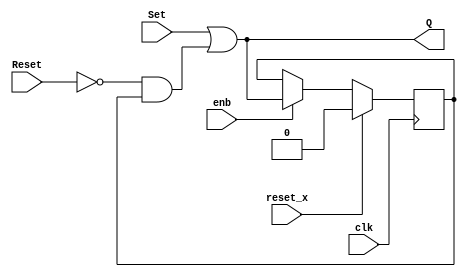
// -------------------------------------------------------------
// 
// 
// Generated by MATLAB 23.2, HDL Coder 23.2, and Simulink 23.2
// 
// -------------------------------------------------------------


// -------------------------------------------------------------
// 
// Module: Discrete
// Source Path: commrshdl/Source/Set-Reset Flip-Flop/Discrete
// Hierarchy Level: 2
// Model version: 9.77
// 
// -------------------------------------------------------------

`timescale 1 ns / 1 ns

module Discrete
          (clk,
           reset_x,
           enb,
           Set,
           Reset,
           Q);


  input   clk;
  input   reset_x;
  input   enb;
  input   Set;
  input   Reset;
  output  Q;


  wire Constant_out1;
  wire Logical_Operator_out1;
  reg  Unit_Delay_out1;
  wire Logical_Operator5_out1;
  wire Logical_Operator4_out1;
  wire Switch_out1;
  wire Logical_Operator2_out1;
  wire Logical_Operator1_out1;


  assign Constant_out1 = 1'b1;



  assign Logical_Operator_out1 =  ~ Reset;



  assign Logical_Operator5_out1 = Logical_Operator_out1 & Unit_Delay_out1;



  assign Logical_Operator4_out1 = Set | Logical_Operator5_out1;



  always @(posedge clk)
    begin : Unit_Delay_process
      if (reset_x == 1'b1) begin
        Unit_Delay_out1 <= 1'b0;
      end
      else begin
        if (enb) begin
          Unit_Delay_out1 <= Switch_out1;
        end
      end
    end



  assign Logical_Operator2_out1 = Set | Unit_Delay_out1;



  assign Logical_Operator1_out1 = Logical_Operator2_out1 & Logical_Operator_out1;



  assign Switch_out1 = (Constant_out1 == 1'b0 ? Logical_Operator1_out1 :
              Logical_Operator4_out1);



  assign Q = Switch_out1;

endmodule  // Discrete